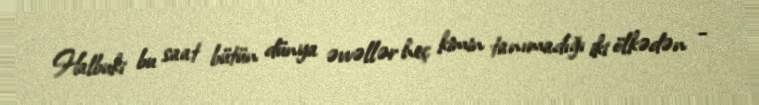
Halbuki bu saat bütün dünya əvvəllər heç kimin tanımadığı iki ölkədən -